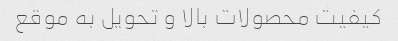
کیفیت محصولات بالا و تحویل به موقع